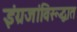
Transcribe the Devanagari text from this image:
इंग्रजांविरूद्धात